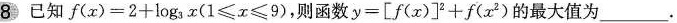
8 已知$$f(x)=2+\log_{3}(1\leqslant x \leqslant 9)$$，则函数$$y=\left [ f(x) \right ]^{2}+f(x^{2})$$的最大值为___.